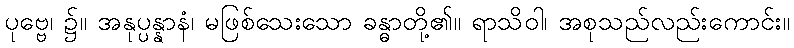
ပုဗ္ဗေ၊ ၌။ အနုပ္ပန္နာနံ၊ မဖြစ်သေးသော ခန္ဓာတို့၏။ ရာသိဝါ၊ အစုသည်လည်းကောင်း။